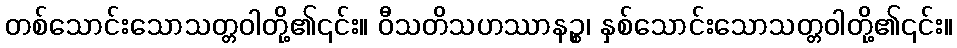
တစ်သောင်းသောသတ္တဝါတို့၏၎င်း။ ဝီသတိသဟဿာနဉ္စ၊ နှစ်သောင်းသောသတ္တဝါတို့၏၎င်း။